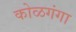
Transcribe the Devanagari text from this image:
कोळगंगा